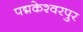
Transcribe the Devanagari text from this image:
पद्मकेश्वरपुर